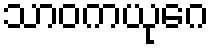
သာဝကယုဂေ